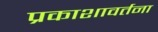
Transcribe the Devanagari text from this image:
प्रकाशावर्तना